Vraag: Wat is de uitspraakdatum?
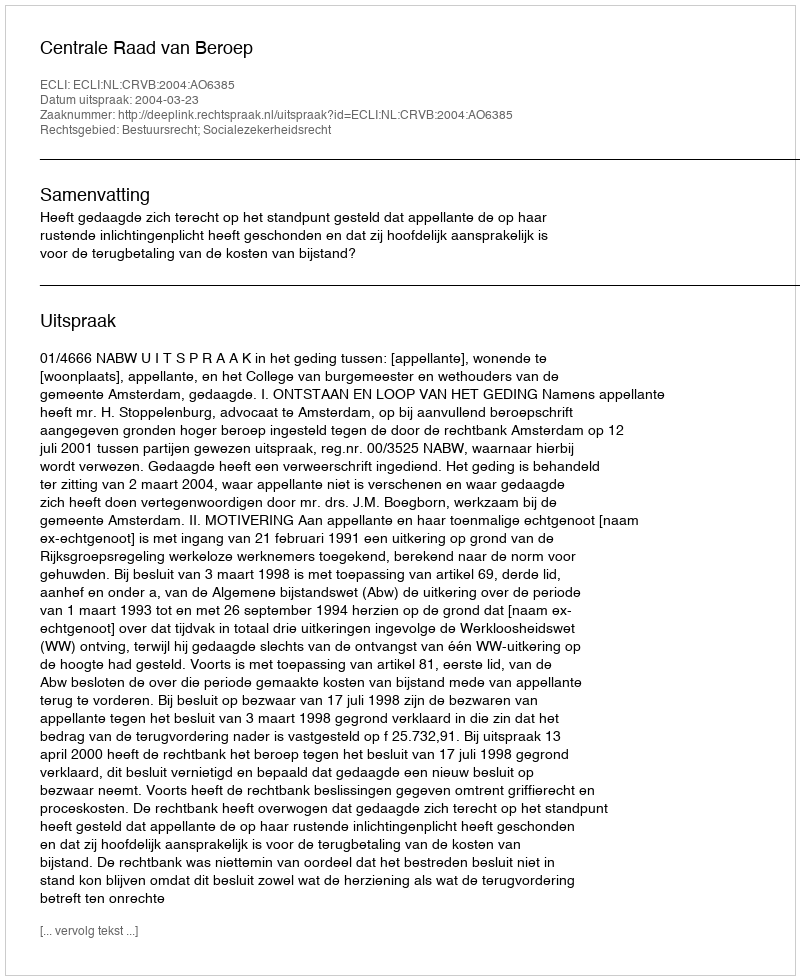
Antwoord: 2004-03-23